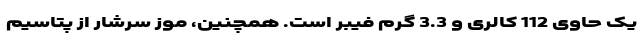
یک حاوی 112 کالری و 3.3 گرم فیبر است. همچنین، موز سرشار از پتاسیم